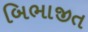
બિભાજીત